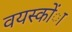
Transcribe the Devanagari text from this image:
वयस्कोंा